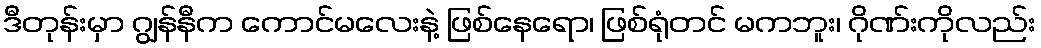
ဒီတုန်းမှာ ဂျွန်နီက ကောင်မလေးနဲ့ ဖြစ်နေရော၊ ဖြစ်ရုံတင် မကဘူး၊ ဂိုဏ်းကိုလည်း